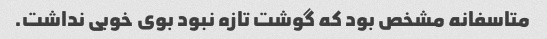
متاسفانه مشخص بود که گوشت تازه نبود بوی خوبی نداشت.